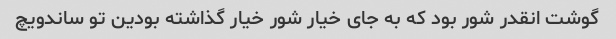
گوشت انقدر شور بود که به جای خیار شور خیار گذاشته بودین تو ساندویچ